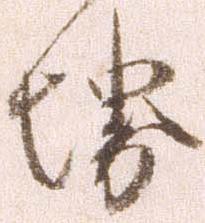
堺